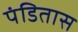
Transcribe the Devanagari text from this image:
पंडितास